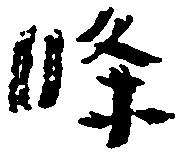
条